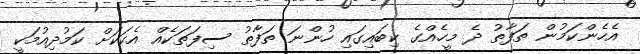
އެހެންކަމުން ތަފާތު ދެ މީހެއްގެ ކިބައިގައި ހުންނަ ތަފާތު ސިފަތަކެއް އެކަކަށް ކަމުދިއުމަކީ